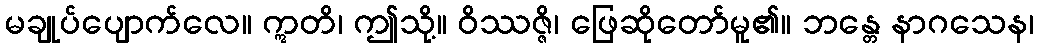
မချုပ်ပျောက်လေ။ ဣတိ၊ ဤသို့။ ဝိဿဇ္ဇိ၊ ဖြေဆိုတော်မူ၏။ ဘန္တေ နာဂသေန၊